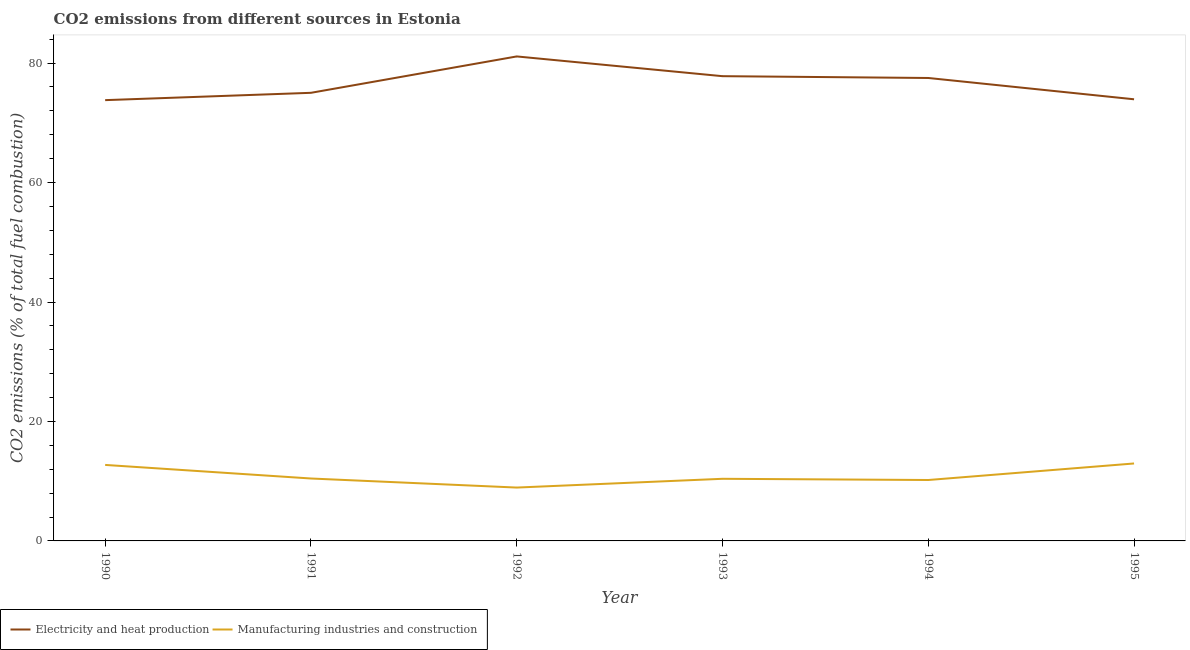
| Year | Electricity and heat production | Manufacturing industries and construction |
 | --- | --- | --- |
 | 1990 | 73.8 | 12.7 |
 | 1991 | 75 | 10.5 |
 | 1992 | 81.1 | 8.93 |
 | 1993 | 77.8 | 10.4 |
 | 1994 | 77.5 | 10.2 |
 | 1995 | 73.9 | 13 |